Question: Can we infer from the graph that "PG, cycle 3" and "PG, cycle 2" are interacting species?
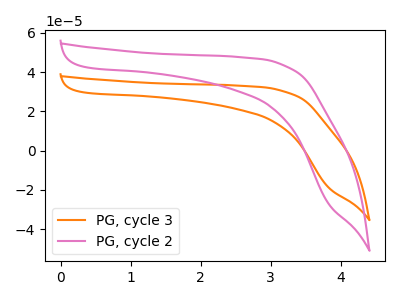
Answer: <think>The orange curve "PG, cycle 3" has no peaks. The pink curve "PG, cycle 2" has no peaks.
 Neither "PG, cycle 3" or "PG, cycle 2" have any peaks.</think>
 <answer>No, "PG, cycle 3" and "PG, cycle 2" don't appear to be significantly different in shape</answer>
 <eval>no_change</eval>